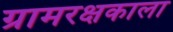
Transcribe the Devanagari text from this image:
ग्रामरक्षकाला